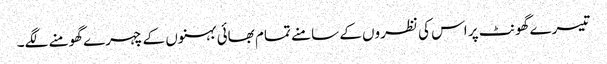
تیسرے گھونٹ پر اس کی نظروں کے سامنے تمام بھائی بہنوں کے چہرے گھومنے لگے۔